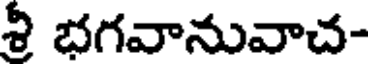
శీ భగవానువాచ-